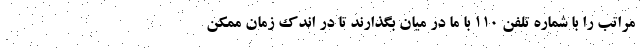
مراتب را با شماره تلفن ۱۱۰ با ما در میان بگذارند تا در اندک زمان ممکن